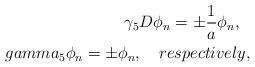
LaTeX: \begin{align*}\gamma_{5}D\phi_{n}= \pm \frac{1}{a}\phi_{n}, \ \ \\gamma_{5}\phi_{n} = \pm \phi_{n},\ \ \ respectively,\end{align*}